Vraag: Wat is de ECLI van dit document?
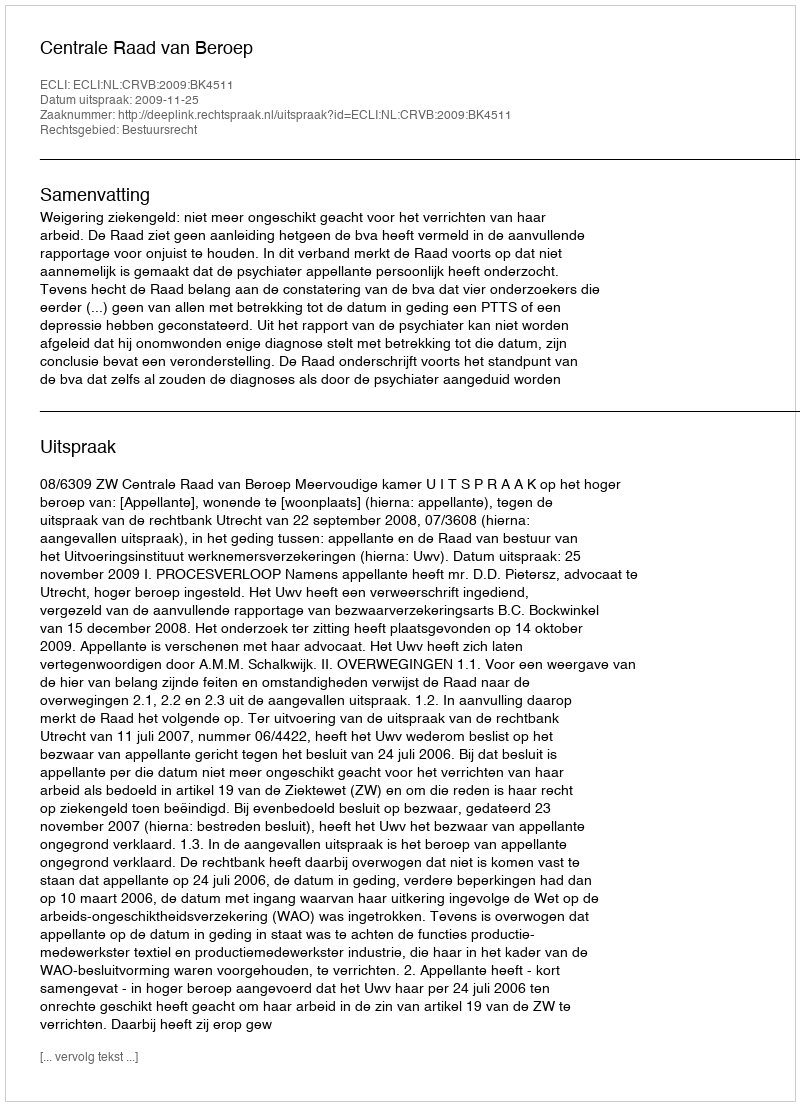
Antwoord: ECLI:NL:CRVB:2009:BK4511